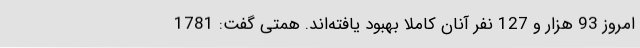
امروز 93 هزار و 127 نفر آنان کاملا بهبود یافته‌اند. همتی گفت: 1781